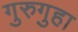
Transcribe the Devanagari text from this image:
गुरुगुहा